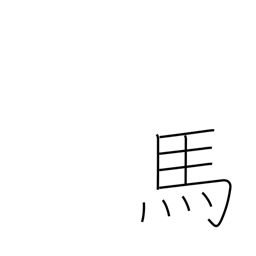
Meaning: horse